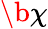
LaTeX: \b\chi